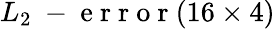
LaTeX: L_{2}\mathrm{~-~e~r~r~o~r~}(16\times 4)